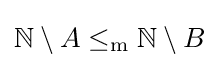
\mathbb {N} \setminus A\leq _{\mathrm {m} }\mathbb {N} \setminus B